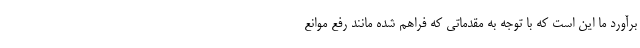
برآورد ما این است که با توجه به مقدماتی که فراهم شده مانند رفع موانع